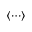
\langle \cdots \rangle